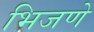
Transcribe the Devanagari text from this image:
भिजणे